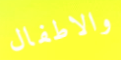
والاطفال